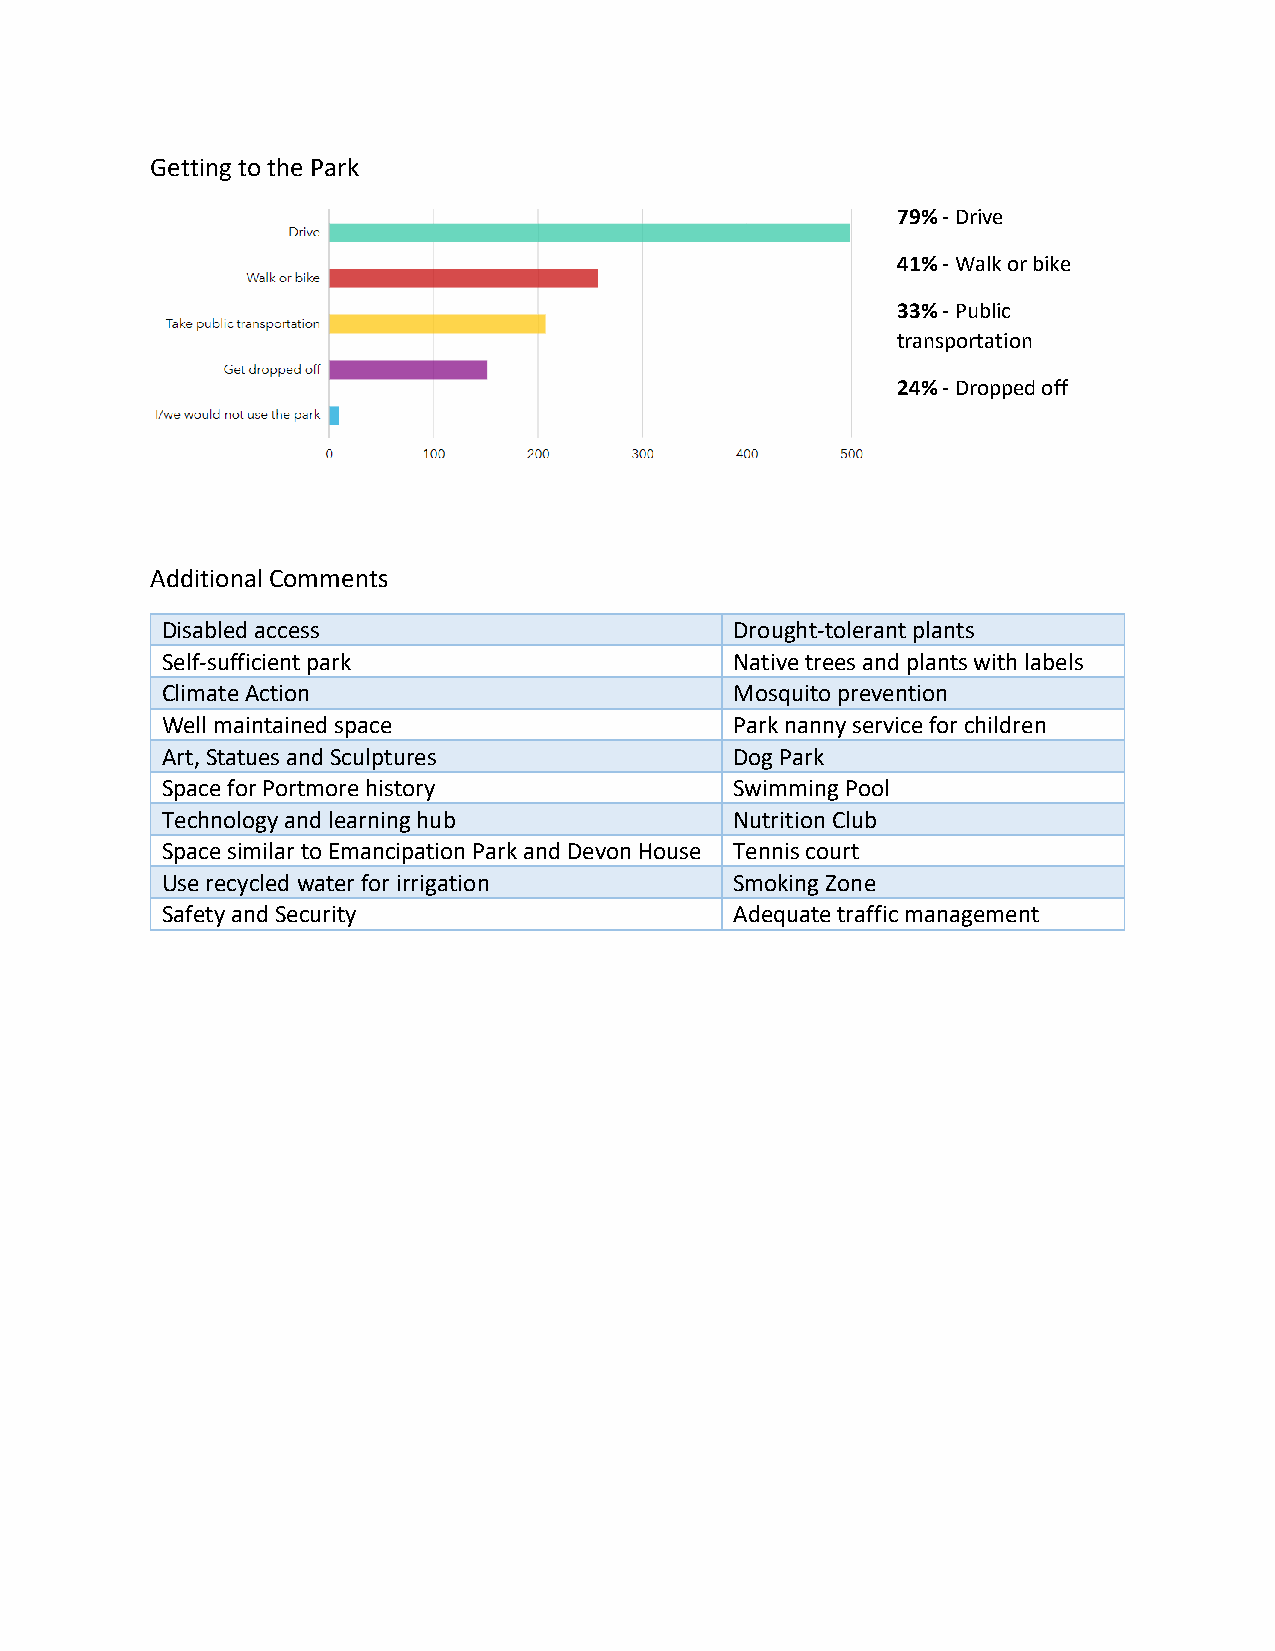
Getting to the Park
 79% - Drive
 41% - Walk or bike
 33% - Public
 transportation
 24% - Dropped off
 Additional Comments
 Disabled access                       Drought-tolerant plants
 Self-sufficient park                  Native trees and plants with labels
 Climate Action                        Mosquito prevention
 Well maintained space                 Park nanny service for children
 Art, Statues and Sculptures           Dog Park
 Space for Portmore history            Swimming Pool
 Technology and learning hub           Nutrition Club
 Space similar to Emancipation Park and Devon House Tennis court
 Use recycled water for irrigation     Smoking Zone
 Safety and Security                   Adequate traffic management